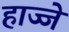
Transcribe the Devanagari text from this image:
हाज्जे